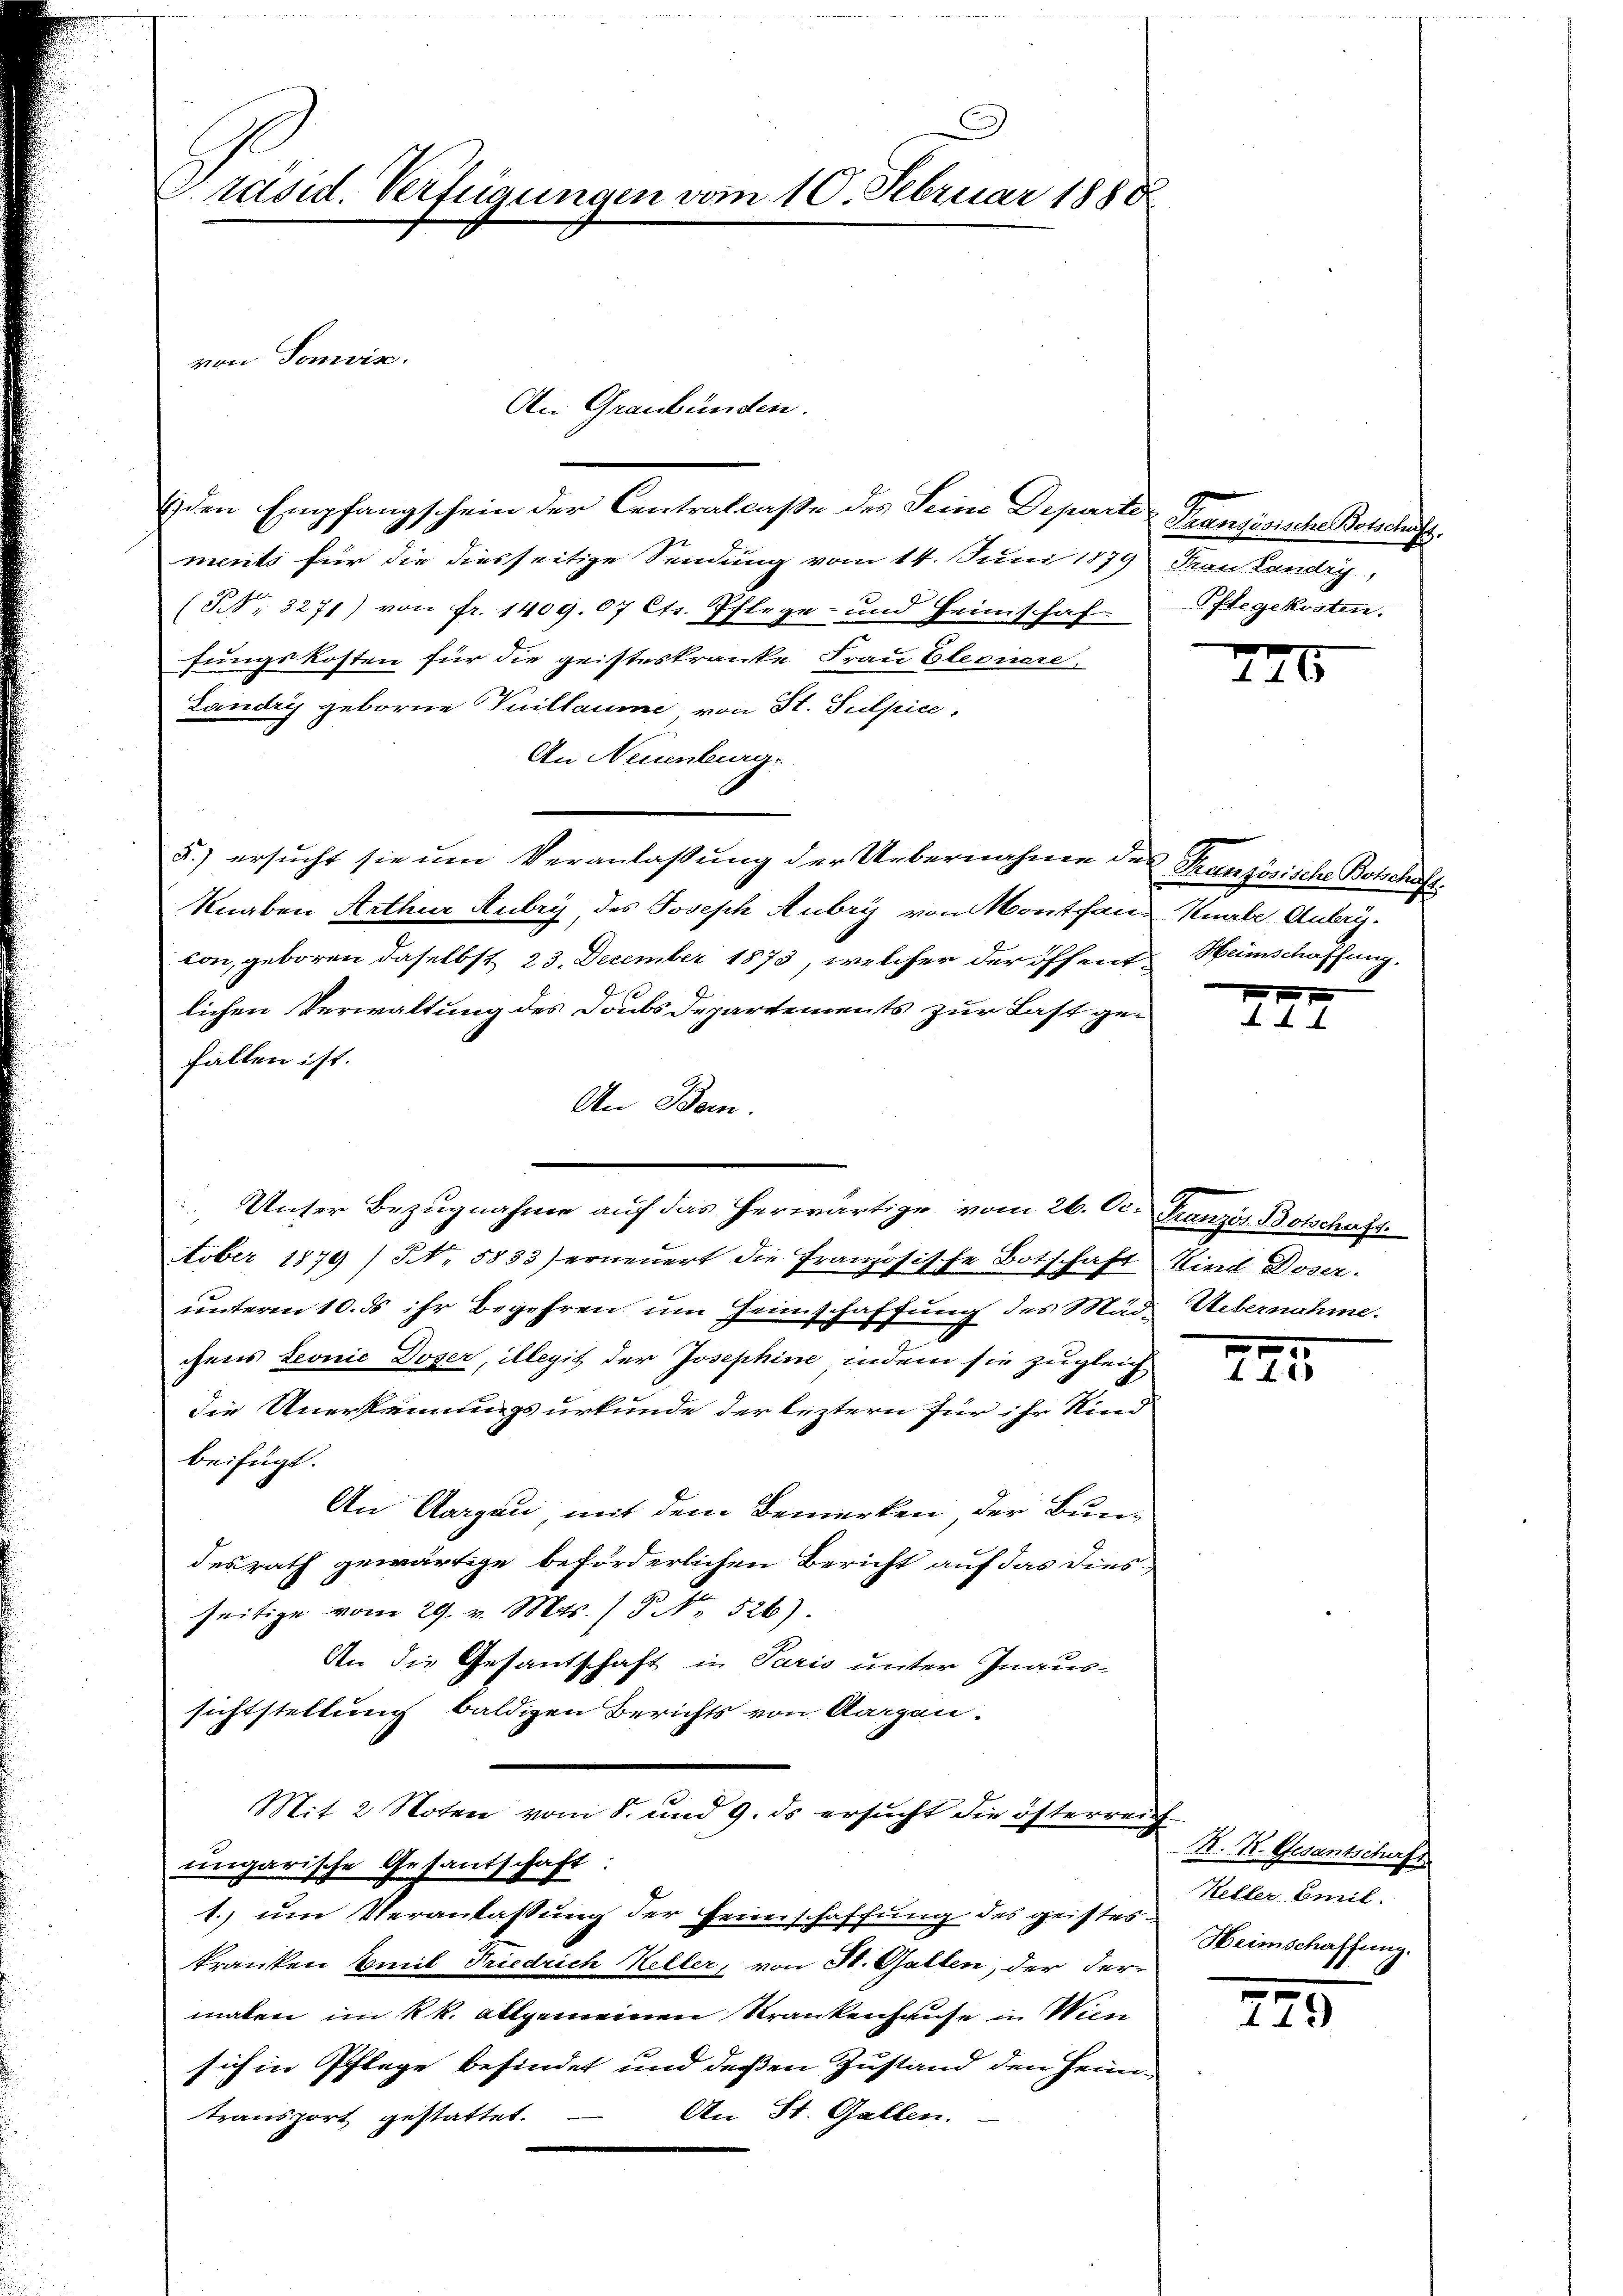
räsid. Verfügungen vom 10. Februar 1880

von Somviz.

An Graubünden.

1 den Empfangschein der Centralcaße des Seine Departe Französische Botschaft.
ments für die diesseitige Sendung vom 14. Juni 1879 Frau Landig,
(S. 3271) von fr. 1409. 07 Cts. Pflege- und Heimschafflegekosten.
fungskosten für die geisteskranke Frau Elevicare
Landry geborne Vuillaume von St. Sulpice,
An Neuenburg.
5.) ersucht sie um Veranlaßung der Uebernahmen des Französische Botschäft¬
Knaben Arthur Aubry des Joseph Aubry von Montana Knabe Anlag.
con, geboren daselbst 23. December 1873, welcher der öffent Heinschaffung.
lichen Verwaltung des Doubs Departements zur Last gefallen ist.
An Bern.
ober 1879) S. 5833) erneuert die Französische Botschaft Kind Doser.
unteren 10. ds ihr Begehren um Heimschaffung des Mäd Uebernahme.
chens Leonie Doser, illegit der Josephine, indem sie zugleich
die Anerkennungsurkunde der leztern für ihr Kind
beifügt:
An Aargau, mit dem Bemerken, der Bundesrath gewärtige beförderlichen Bericht auf das dies-
seitige vom 29. v. Mts. (T NNo. 526)
An die Gesantschaft in Paris unter Inaussichtstellung baldigen Berichts von Aargau.
Mit 2 Noten vom 8. und 9. ds ersucht die österren
ungarische Gesandschaft:
1.) um Veranlassung der Heimschaffung des geisteskranken Emil Friedrich Keller, von St. Gallen, der Ver-
malen im kk. allgemeinen Krankenhause in Wien
sich in Pflege befindet und deßen Zustand den Heim¬
An St. Gallen.
transport gestattet.

Unser Bezugnahme auf das herwärtige vom 26. Oc. Französ. Botschaft

240

20

2II

f
N. S. Enterstraf
Keller Emil
Heimschaffung.

2.

)